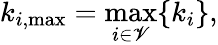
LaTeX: k_{i,\operatorname*{max}}=\operatorname*{max}_{i\in\mathscr{V}}\{ k_{i}\} ,